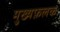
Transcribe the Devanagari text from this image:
मुख्यफ़लक